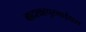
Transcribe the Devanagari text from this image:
बादशाहपुरमाईदास